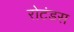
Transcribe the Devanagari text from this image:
रोटंडस